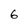
Character: 6